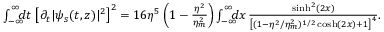
\begin{array} { r l r } & { } & { \! \! \! \! \! \! \! \! \! \! \! \! \! \! \! \! \! \! \! \! \int _ { - \infty } ^ { \infty } \! \! \! \! d t \, \left[ \partial _ { t } | \psi _ { s } ( t , z ) | ^ { 2 } \right] ^ { 2 } = 1 6 \eta ^ { 5 } \left( 1 - \frac { \eta ^ { 2 } } { \eta _ { m } ^ { 2 } } \right) \int _ { - \infty } ^ { \infty } \! \! \! \! d x \, \frac { \sinh ^ { 2 } ( 2 x ) } { \left[ ( 1 - \eta ^ { 2 } / \eta _ { m } ^ { 2 } ) ^ { 1 / 2 } \cosh ( 2 x ) + 1 \right] ^ { 4 } } . } \end{array}